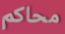
محاكم